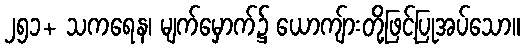
၂၅၁+ သကရေန၊ မျက်မှောက်၌ ယောကျ်ားတို့ဖြင့်ပြုအပ်သော။